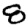
Digit: 8